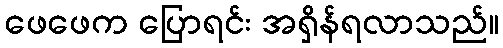
ဖေဖေက ပြောရင်း အရှိန်ရလာသည်။